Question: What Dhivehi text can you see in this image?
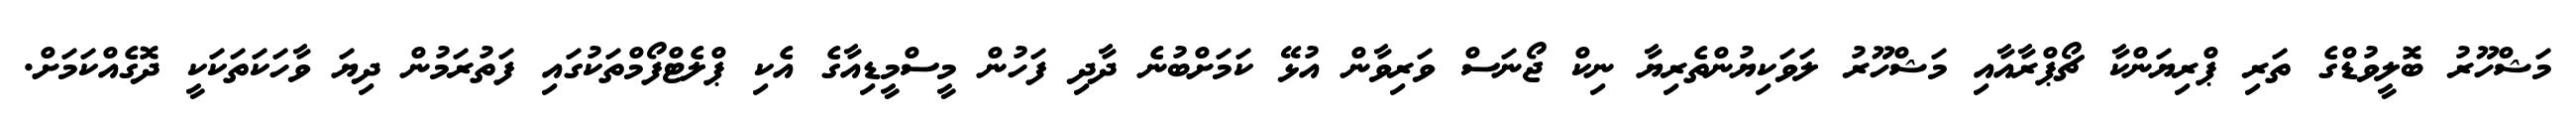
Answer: މަޝްހޫރު ބޮލީވުޑްގެ ތަރި ޕްރިޔަންކާ ޗޯޕްރާއާއި މަޝްހޫރު ލަވަކިޔުންތެރިޔާ ނިކް ޖޯނަސް ވަރިވާން އުޅޭ ކަމަށްބުނެ ދާދި ފަހުން މީސްމީޑިއާގެ އެކި ޕްލެޓްފޯމްތަކުގައި ފަތުރަމުން ދިޔަ ވާހަކަތަކަކީ ދޮގެއްކަމަށް.